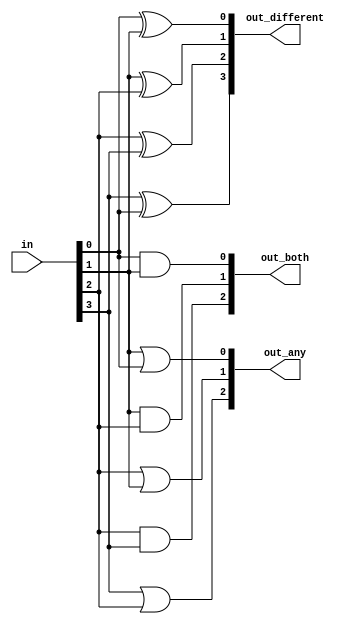
module top_module(
    input [3:0] in,
    output [2:0] out_both,
    output [3:1] out_any,
    output [3:0] out_different );

    genvar i;
    generate
        for(i = 0; i < 3; i++)begin :out
            assign out_both[i] = in[i] & in[i+1];
            assign out_any[i+1] = in[i+1] |in[i];
            assign out_different[i] = in[i] ^ in[i+1];
        end
    endgenerate

    assign out_different[3] = in[3] ^ in[0];

endmodule